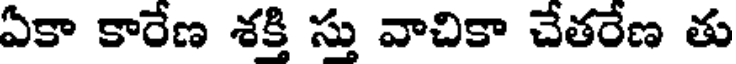
ఏకా కారేణ శక్తి స్తు వాచికా చేతరేణ తు